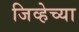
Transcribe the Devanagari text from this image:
जिव्हेच्या